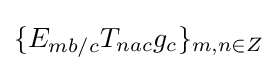
\{E_{mb/c}T_{nac}g_{c}\}_{m,n\in Z}